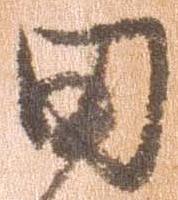
田